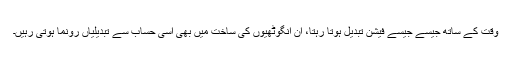
وقت کے ساتھ جیسے جیسے فیشن تبدیل ہوتا رہتا، ان انگوٹھیوں کی ساخت میں بھی اسی حساب سے تبدیلیاں رونما ہوتی رہیں۔